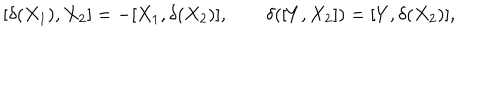
[ \delta ( X _ { 1 } ) , X _ { 2 } ] = - [ X _ { 1 } , \delta ( X _ { 2 } ) ] , \qquad \delta ( [ Y , X _ { 2 } ] ) = [ Y , \delta ( X _ { 2 } ) ] ,